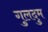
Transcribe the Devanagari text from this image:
गुलदुम